Distribution and causation of leprosy in British India
Year: 1875
Disease focus: Leprosy
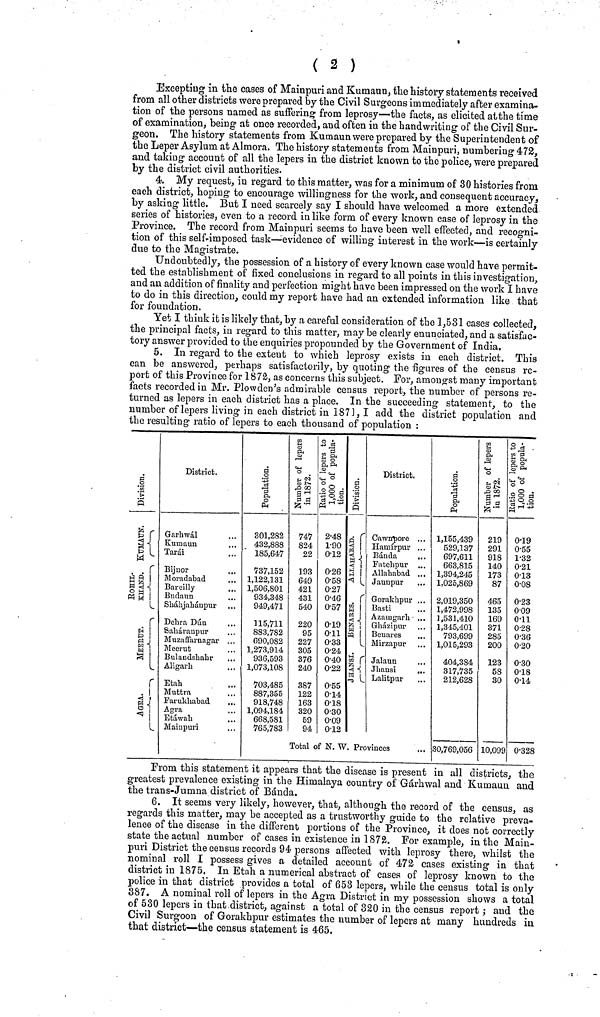
( 2 )
Excepting in the cases of Mainpuri and Kumaun, the history statements received
from all other districts were prepared by the Civil Surgeons immediately after examina-
tion of the persons named as suffering from leprosy—the facts, as elicited at the time
of examination, being at once recorded, and often in the handwriting of the Civil Sur-
geon. The history statements from Kumaun were prepared by the Superintendent of
the Leper Asylum at Almora. The history statements from Mainpuri, numbering 472,
and taking account of all the lepers in the district known to the police, were prepared
by the district civil authorities.
4. My request, in regard to this matter, was for a minimum of 30 histories from
each district, hoping to encourage willingness for the work, and consequent accuracy,
by asking little. But I need scarcely say I should have welcomed a more extended
series of histories, even to a record in like form of every known case of leprosy in the
Province. The record from Mainpuri seems to have been well effected, and recogni-
tion of this self-imposed task—evidence of willing interest in the work—is certainly
due to the Magistrate.
Undoubtedly, the possession of a history of every known case would have permit-
ted the establishment of fixed conclusions in regard to all points in this investigation,
and an addition of finality and perfection might have been impressed on the work I have
to do in this direction, could my report have had an extended information like that
for foundation.
Yet I think it is likely that, by a careful consideration of the 1,531 cases collected,
the principal facts, in regard to this matter, may be clearly enunciated, and a satisfac-
tory answer provided to the enquiries propounded by the Government of India.
5. In regard to the extent to which leprosy exists in each district. This
can be answered, perhaps satisfactorily, by quoting the figures of the census re-
port of this Province for 1872, as concerns this subject. For, amongst many important
facts recorded in Mr. Plowden's admirable census report, the number of persons re-
turned as lepers in each district has a place. In the succeeding statement, to the
number of lepers living in each district in 1871, I add the district population and
the resulting ratio of lepers to each thousand of population :
District.
Garhwál ...
Kumaun ...
Tarái ...
Bijnor ...
Moradabad ...
Bareilly ...
Budaun ...
Sháhjahánpur ...
Delira Dún ...
Saháranpur ...
Muzaffarnagar ...
Meerut ...
Bulandshahr ...
Aligarh ...
Etah ...
Muttra ...
Farukhabad ...
Agra ...
Etáwah ...
Maiupuri ...
301,282
432,888
185,647
737,152
1,122,131
1,506,801
934,348
949,471
115,711
883,782
690,082
1,273,914
936,593
1,073,108
703,485
887,355
918,748
1,094,184
668,581
765,783
747
824
22
193
649
421
431
540
220
95
227
305
376
240
387
122
163
320
59
94
248
1·90
0·12
0·26
0·58
0·27
0·46
0·57
0·19
0·11
0·33
0·24
0·40
0·22
0·55
0·14
0·18
0·30
0·09
0·12
District.
Cawnpore . . .
Hamírpur . . .
Banda
...
Fatehpur ...
Allahabad ...
Jaunpur ...
Gorakhpur ...
Basti ...
Azamgarh ...
Gházipur ...
Benares ...
Mirzapur ...
Jalaun ...
Jhansi
...
Lalitpur
...
Total of N. W. Provinces
1,155,439
529,137
697,611
663,815
1,394,245
1,025,869
2,019,350
1,472,998
1,531,410
1,345,401
793,699
1,015,293
404,384
317,735
212,628
30,769,056
219
291
918
140
173
87
465
135
169
371
285
200
123
58
30
10,09
0·19
0·55
1·32
0·21
0·13
0·08
0·23
0·09
0·11
0·28
0·36
0·20
0·30
0·18
0·14
0·328
From this statement it appears that the disease is present in all districts, the
greatest prevalence existing in the Himalaya country of Gárhwal and Kumaun and
the trans-Jumna district of Banda.
6. It seems very likely, however, that, although the record of the census, as
regards this matter, may be accepted as a trustworthy guide to the relative preva-
lence of the disease in the different portions of the Province, it does not correctly
state the actual number of cases in existence in 1872. For example, in the Main-
puri District the census records 94 persons affected with leprosy there, whilst the
nominal roll I possess gives a detailed account of 472 cases existing in that
district in 1875, In Etah a numerical abstract of cases of leprosy known to the
police in that district provides a total of 653 lepers, while the census total is only
387. A nominal roil of lepers in the Agra District in my possession shows a total
of 530 lepers in that district, against a total of 320 in the census report ; and the
Civil Surgoon of Gorakhpur estimates the number of lepers at many hundreds in
that district—the census statement is 465.